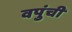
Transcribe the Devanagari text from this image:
वपुंची